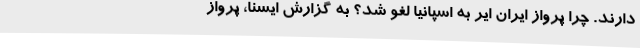
دارند. چرا پرواز ایران ایر به اسپانیا لغو شد؟ به گزارش ایسنا، پرواز